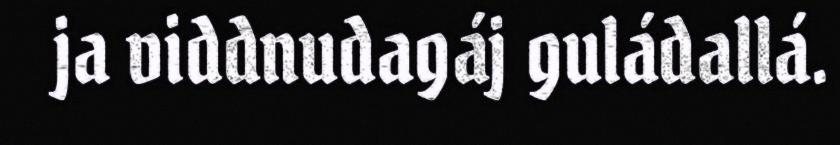
ja viddnudagáj guládallá.